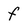
Character: f